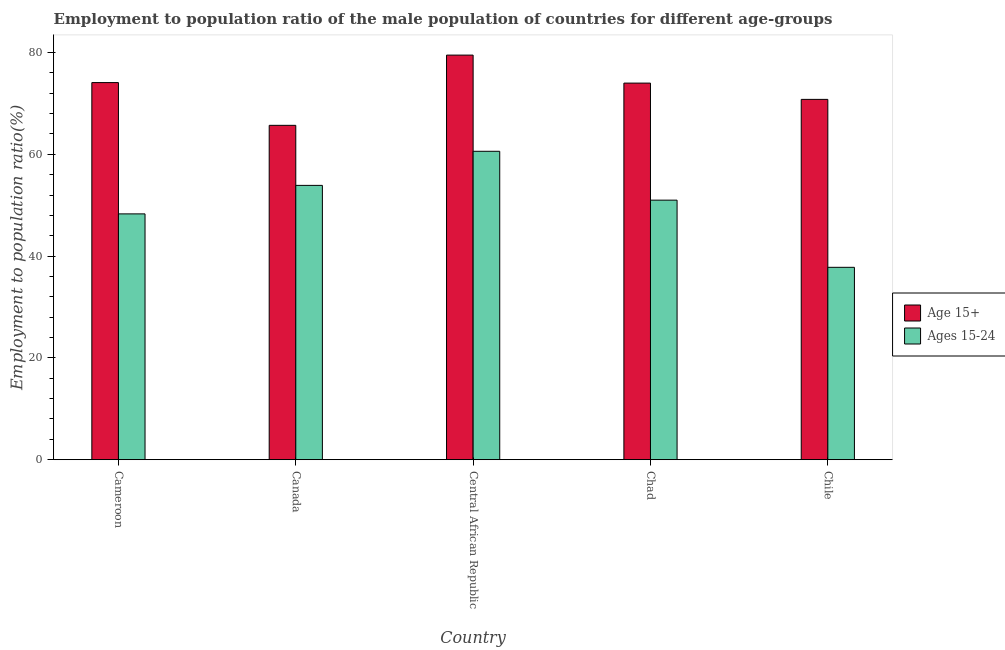
| Country | Age 15+ | Ages 15-24 |
 | --- | --- | --- |
 | Cameroon | 74.1 | 48.3 |
 | Canada | 65.7 | 53.9 |
 | Central African Republic | 79.5 | 60.6 |
 | Chad | 74 | 51 |
 | Chile | 70.8 | 37.8 |